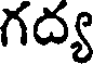
గద్య